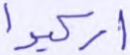
اركبوا